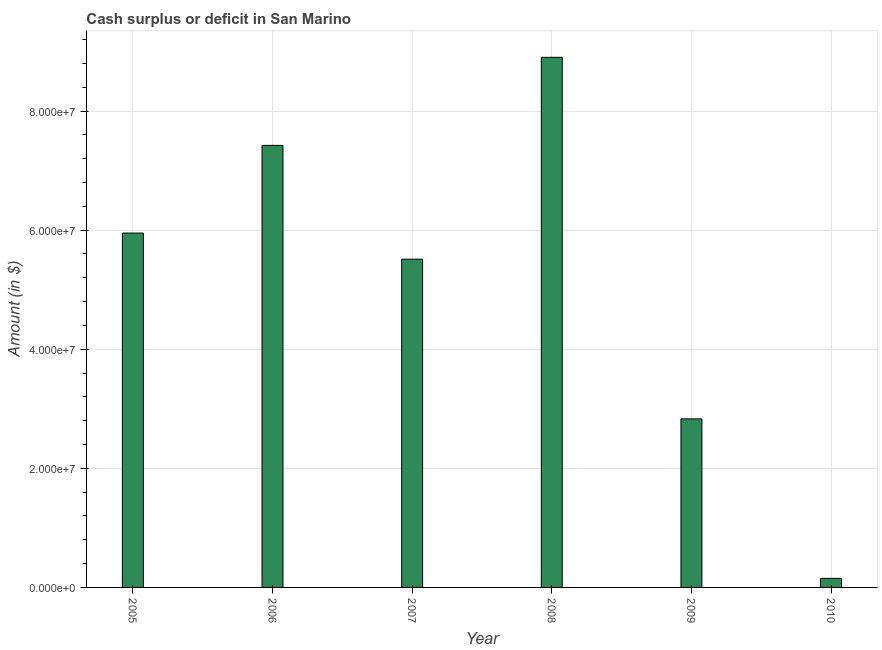
| Year | Cash surplus or deficit |
 | --- | --- |
 | 2005 | 5.95e+07 |
 | 2006 | 7.42e+07 |
 | 2007 | 5.51e+07 |
 | 2008 | 8.9e+07 |
 | 2009 | 2.83e+07 |
 | 2010 | 1.52e+06 |